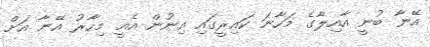
އޭނާ ބުނީ އާއިލާގެ މަހާނަ ކައިރީގައި އިނުން އެއީ މިހާރު އޭނާ އަށް